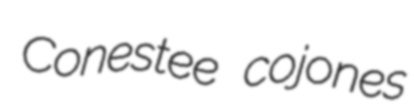
Conestee cojones